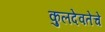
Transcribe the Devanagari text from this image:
कुलदेवतेचे